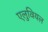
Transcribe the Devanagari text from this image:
एलुवियल